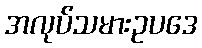
အလုပ်သမားဥပဒေ